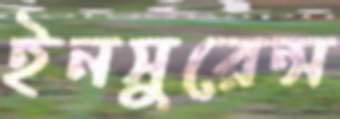
ইনসুরেন্স